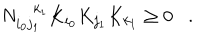
N _ { i _ { 0 } j _ { 1 } } ^ { k _ { 1 } } K _ { i _ { 0 } } K _ { j _ { 1 } } K _ { k _ { 1 } } \geq 0 .